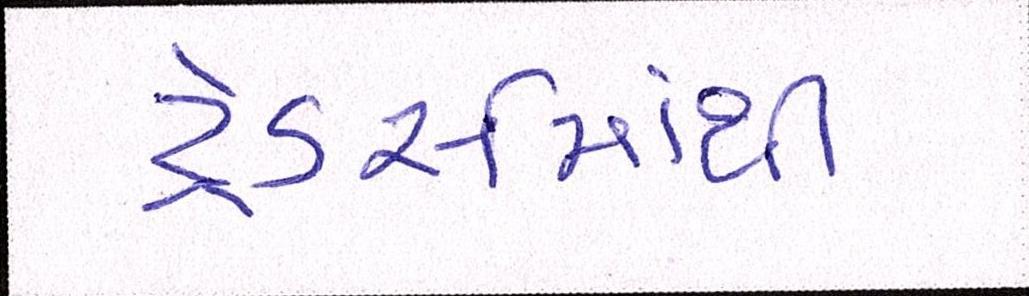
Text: ટ્રેડર્સમાંથી